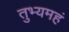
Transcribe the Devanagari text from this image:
तुभ्यमहं